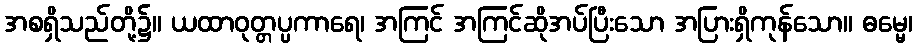
အစရှိသည်တို့၌။ ယထာဝုတ္တပ္ပကာရေ၊ အကြင် အကြင်ဆိုအပ်ပြီးသော အပြားရှိကုန်သော။ ဓမ္မေ၊